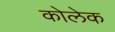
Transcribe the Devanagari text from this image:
कोलेक